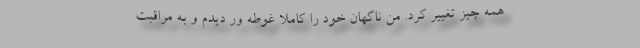
همه چیز تغییر کرد. من ناگهان خود را کاملا غوطه ور دیدم و به مراقبت